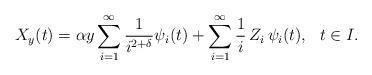
LaTeX: \begin{align*}X_y (t) = \alpha y\sum_{i=1}^\infty \frac 1{i^{2+\delta}} \psi_i(t) + \sum_{i=1}^\infty \frac 1i \, Z_i\, \psi_i(t),~~ t\in I.\end{align*}